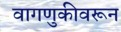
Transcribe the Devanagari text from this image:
वागणुकीवरून